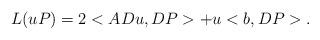
LaTeX: \begin{align*}L(uP)= 2 <A Du,DP> + u <b,DP>.\end{align*}